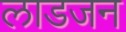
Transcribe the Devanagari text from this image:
लाडजन